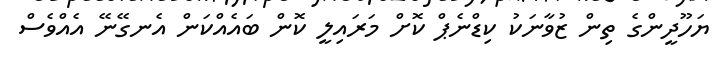
ޔަހޫދީންގެ ތިން ޒުވާނަކު ކިޑްނެޕް ކޮށް މަރައިލީ ކޮން ބައެއްކަން އެނގޭނޭ އެއްވެސް